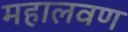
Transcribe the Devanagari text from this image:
महालवण